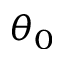
\theta _ { 0 }